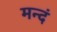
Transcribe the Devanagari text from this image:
मन्दं